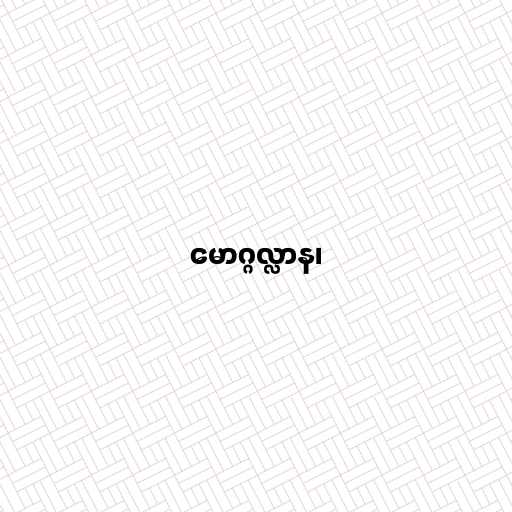
မောဂ္ဂလ္လာန၊